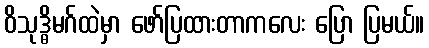
ဝိသုဒ္ဓိမဂ်ထဲမှာ ဖော်ပြထားတာကလေး ပြော ပြမယ်။